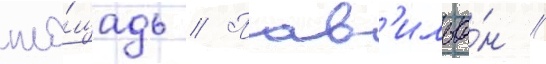
пло́щадь // Пав'ильо́н /